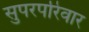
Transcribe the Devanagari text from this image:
सुपरपरिवार